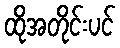
ထိုအတိုင်းပင်